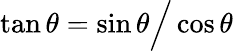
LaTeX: \tan\theta=\sin\theta{\Big/}\cos\theta